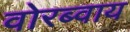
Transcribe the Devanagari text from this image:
वोरब्वाय